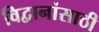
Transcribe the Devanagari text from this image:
विद्वानांसाठी